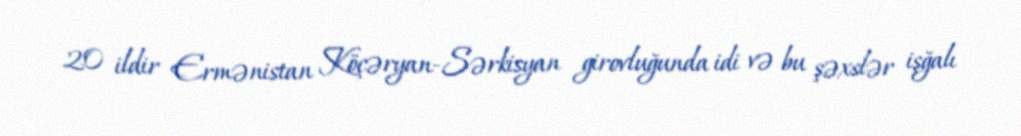
20 ildir Ermənistan Köçəryan-Sərkisyan girovluğunda idi və bu şəxslər işğalı